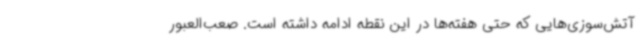
آتش‌سوزی‌هایی که حتی هفته‌ها در این نقطه ادامه داشته است. صعب‌العبور